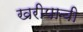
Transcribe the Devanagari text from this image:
खरीपाची